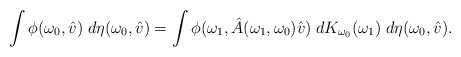
\begin{align*}\int \phi(\omega_0,\hat{v})\; d\eta(\omega_0,\hat{v}) &= \int \phi(\omega_1,\hat{A}(\omega_1,\omega_0)\hat{v})\; dK_{\omega_0}(\omega_1) \; d\eta(\omega_0,\hat{v}).\end{align*}